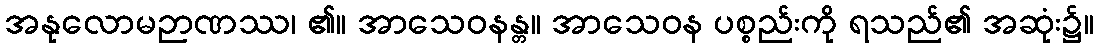
အနုလောမဉာဏဿ၊ ၏။ အာသေဝနန္တ။ အာသေဝန ပစ္စည်းကို ရသည်၏ အဆုံး၌။